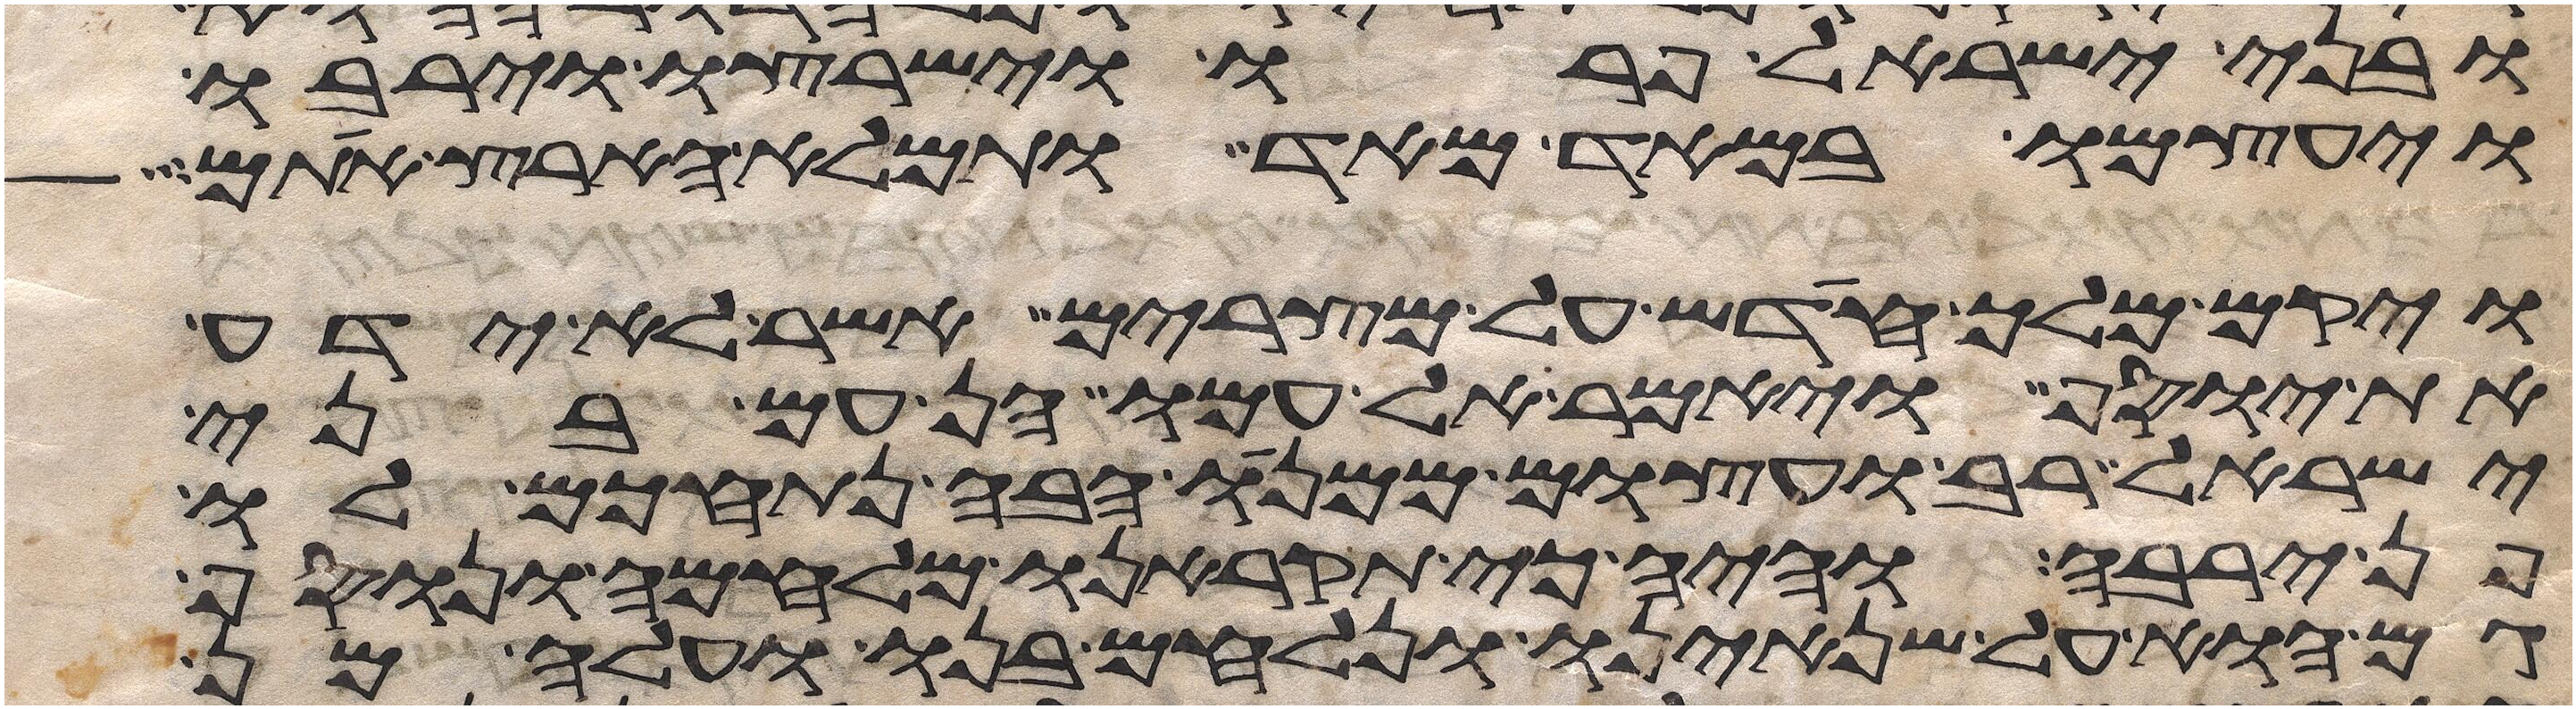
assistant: ובני ישראל פרו וישרצו וירבו
ויעצמו במאד מאד ותמלא הארץ אתם
ויקם מלך חדש על מצרים אשר לא ידע
את יוסף ויאמר אל עמו הן עם בני
ישראל רב ועצום ממנו הבה נתחכם לו
פן ירבה והיה כי תקראנו מלחמה ונוסף
גם הוא על שנאינו ונלחם בנו ועלה מן